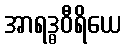
အာရဒ္ဓဝီရိယေ